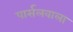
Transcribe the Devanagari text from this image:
पार्सलवाला